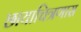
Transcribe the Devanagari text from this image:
छायाचित्रणास